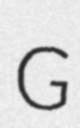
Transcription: G